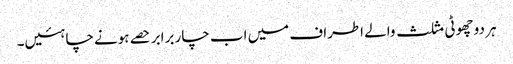
ہر دو چھوٹی مثلث والے اطراف میں اب چار برابر حصے ہونے چاہئیں۔